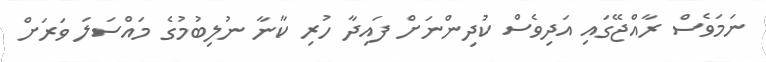
ނަމަވެސް ރާއްޖޭގައި އަދިވެސް ކުދިންނަށް ފައިދާ ހުރި ކާނާ ނުލިބުމުގެ މައްސަލަ ވަރަށް